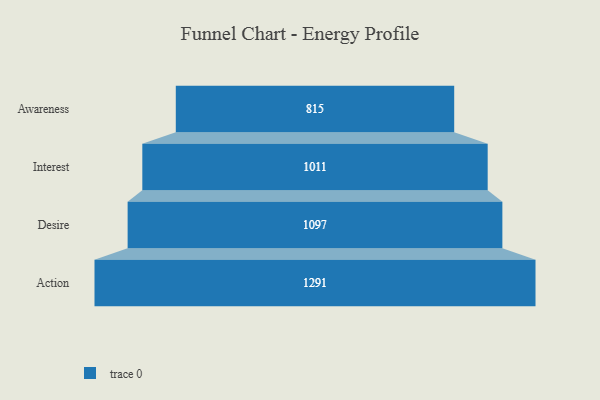
{"axis": {"x": "Stage", "y": "Value"}, "legend": [""], "data": [{"x": "Awareness", "y": 815.0, "type": ""}, {"x": "Interest", "y": 1011.0, "type": ""}, {"x": "Desire", "y": 1097.0, "type": ""}, {"x": "Action", "y": 1291.0, "type": ""}]}